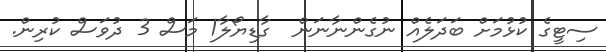
ސިޓީގެ ކުޅުމަށް ބަދަލެއް ނުގެންނާނަން  ގާޑިޔޯލާ1 މަސް 3 ދުވަސް ކުރިން.